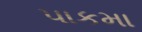
પાકમા